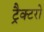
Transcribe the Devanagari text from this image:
ट्रैक्टरो